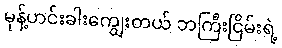
မုန့်ဟင်းခါးကျွေးတယ် ဘကြီးငြိမ်းရဲ့